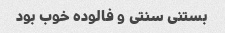
بستنی سنتی و فالوده خوب بود